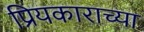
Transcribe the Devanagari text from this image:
प्रियकाराच्या